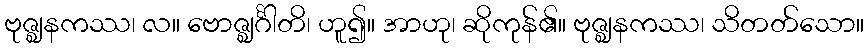
ဗုဇ္ဈနကဿ၊ လ။ ဗောဇ္ဈင်္ဂါတိ၊ ဟူ၍။ အာဟု၊ ဆိုကုန်၏။ ဗုဇ္ဈနကဿ၊ သိတတ်သော။